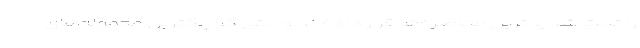
را تحت شدیدترین محاصره‌ها قرار داده‌اند و حتی کوچکترین محموله‌های